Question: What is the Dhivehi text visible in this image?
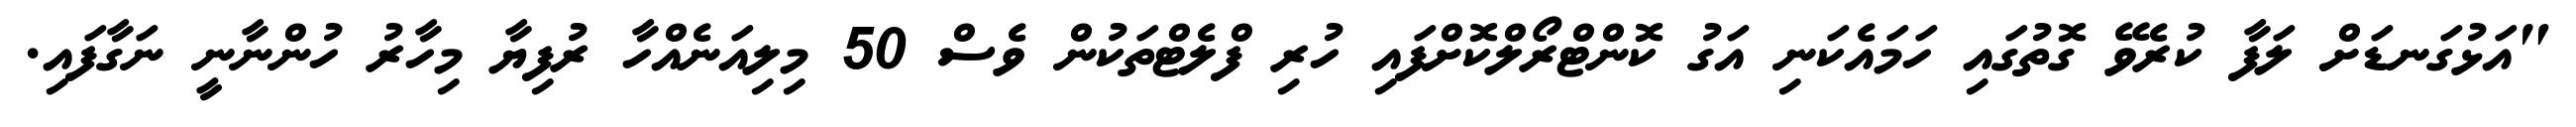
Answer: "އަޅުގަނޑަށް ލަފާ ކުރެވޭ ގޮތުގައި ހަމައެކަނި އަގު ކޮންޓްރޯލްކޮށްފައި ހުރި ފްލެޓްތަކުން ވެސް 50 މިލިއަނެއްހާ ރުފިޔާ މިހާރު ހުންނާނީ ނަގާފައި.